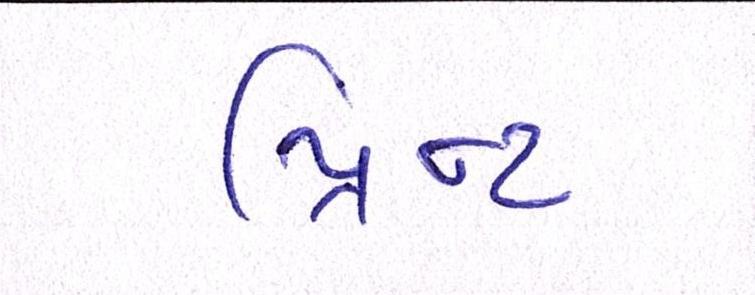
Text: પ્રિન્ટ